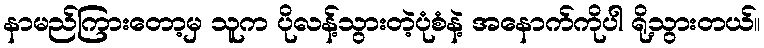
နာမည်ကြားတော့မှ သူက ပိုလန့်သွားတဲ့ပုံစံနဲ့ အနောက်ကိုပါ ရို့သွားတယ်။